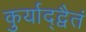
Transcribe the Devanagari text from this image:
कुर्याद्द्वैतं